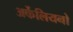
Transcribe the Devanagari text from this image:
अर्केलियनो